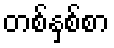
တစ်နှစ်စာ